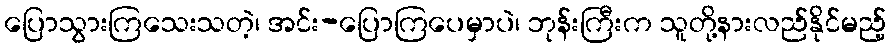
ပြောသွားကြသေးသတဲ့၊ အင်း-ပြောကြပေမှာပဲ၊ ဘုန်းကြီးက သူတို့နားလည်နိုင်မည့်